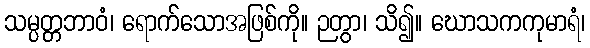
သမ္ပတ္တဘာဝံ၊ ရောက်သောအဖြစ်ကို။ ဉတွာ၊ သိ၍။ ဃောသကကုမာရံ၊